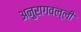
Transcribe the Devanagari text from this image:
अनुरागवल्ली